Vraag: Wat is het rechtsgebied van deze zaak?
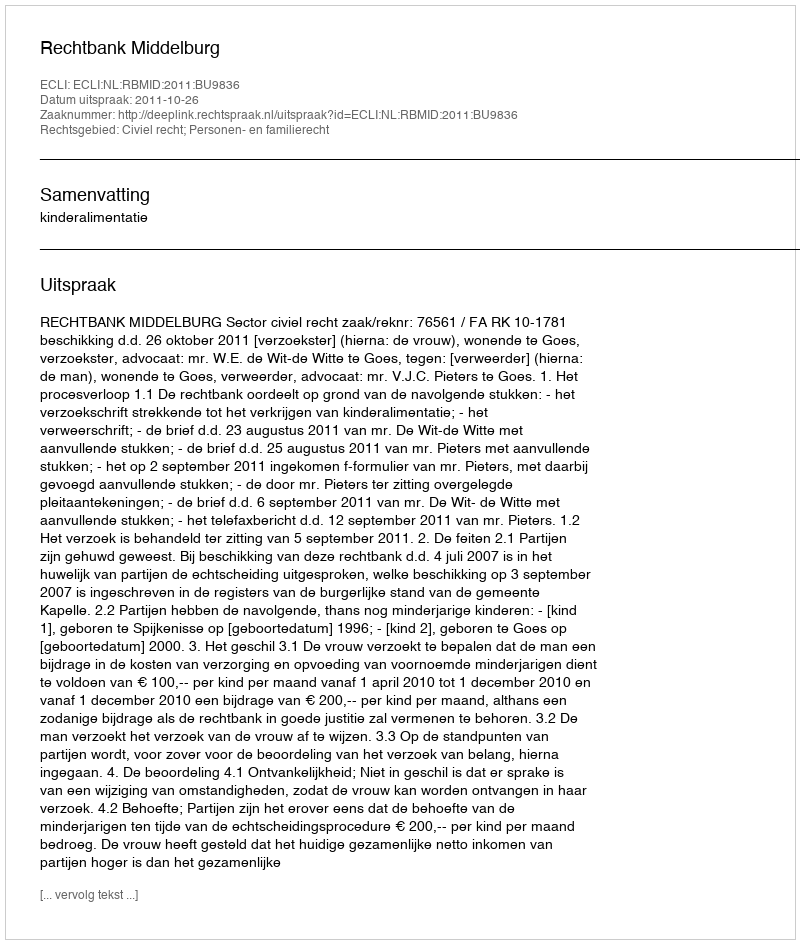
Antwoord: Civiel recht; Personen- en familierecht